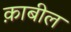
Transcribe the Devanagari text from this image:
क़ाबील